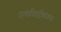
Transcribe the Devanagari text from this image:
उत्पादितट्रोवाक्स